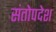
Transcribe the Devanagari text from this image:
संतोपदेश